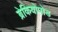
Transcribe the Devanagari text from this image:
ब्रेकियोपोड